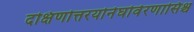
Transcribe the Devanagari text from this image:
दक्षिणोत्तरयोर्नघोर्वरणासिश्च